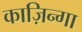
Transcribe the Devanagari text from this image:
काज़िन्गा